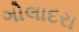
ગોલાદરા